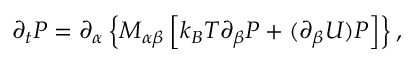
\partial _ { t } P = \partial _ { \alpha } \left\{ M _ { \alpha \beta } \left[ k _ { B } T \partial _ { \beta } P + ( \partial _ { \beta } U ) P \right] \right\} ,